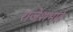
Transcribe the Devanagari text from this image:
राजेशभाई